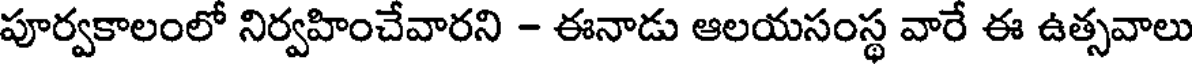
పూర్వకాలంలో నిర్వహించేవారని - ఈనాడు ఆలయసంస్థ వారే ఈ ఉత్సవాలు